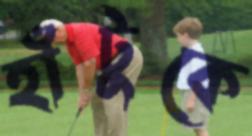
হাঁটুকে